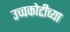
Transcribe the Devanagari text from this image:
उच्चकोटीच्या